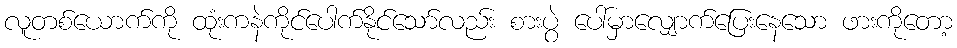
လူတစ်ယောက်ကို ထုံးကနဲကိုင်ပေါက်နိုင်သော်လည်း စားပွဲ ပေါ်မှာလျှောက်ပြေးနေသော ဖားကိုတော့